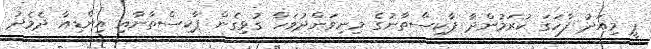
ޕީ މިއަދު ފާހަގަ ކުރަމުންދާ ޕާކިސްތާނުގެ މިނިވަންދުވަހާ ގުޅިގެން ޕާކިސްތާނާއި އިންޑިއާ ދެމެދު